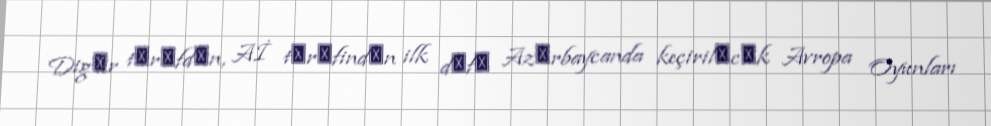
Digәr tәrәfdәn, Aİ tәrәfindәn ilk dәfә Azәrbaycanda keçirilәcәk Avropa Oyunları